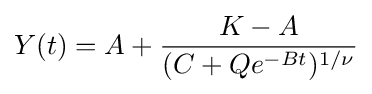
Y(t)=A+{K-A \over (C+Qe^{-Bt})^{1/\nu }}